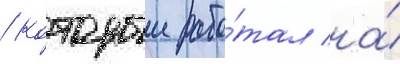
/ которыи рабо́тал на́